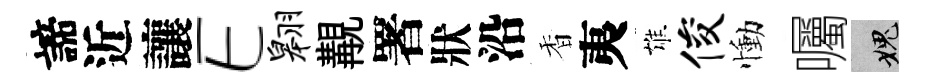
諦近讓E翱覯署狀沿香夷雄俊慟囑愧